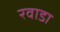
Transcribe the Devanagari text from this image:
रवाडा